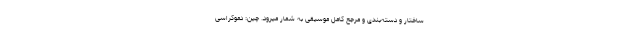
ساختار و دسته‌بندی و مرجع کامل موسیقی به شمار میرود. چین: دموکراسی